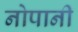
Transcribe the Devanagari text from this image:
नोपानी